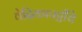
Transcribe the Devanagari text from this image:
वेदिकापट्टींचे